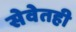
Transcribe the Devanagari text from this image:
सेवेतही